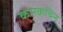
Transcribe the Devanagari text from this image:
कारकचिन्ह